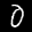
Label: 0